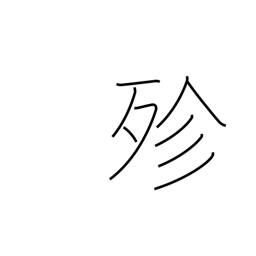
Meaning: all